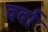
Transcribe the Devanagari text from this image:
दर्दा